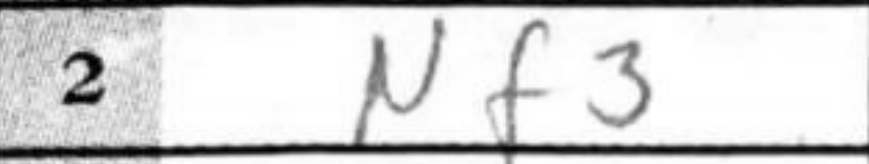
Transcription: Nf3